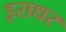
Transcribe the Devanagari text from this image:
इराधर